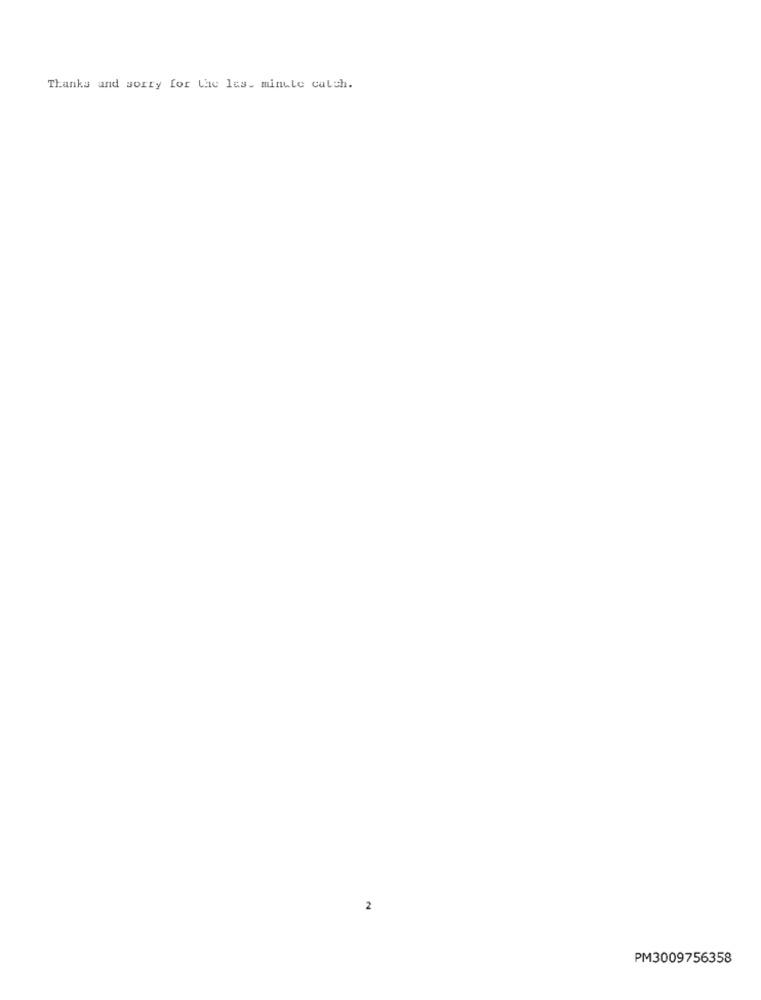
Thanks and sorry for the les. minule catch.
2
PM3009756358